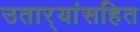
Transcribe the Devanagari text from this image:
उतार्‍यांसहित